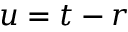
u = t - r